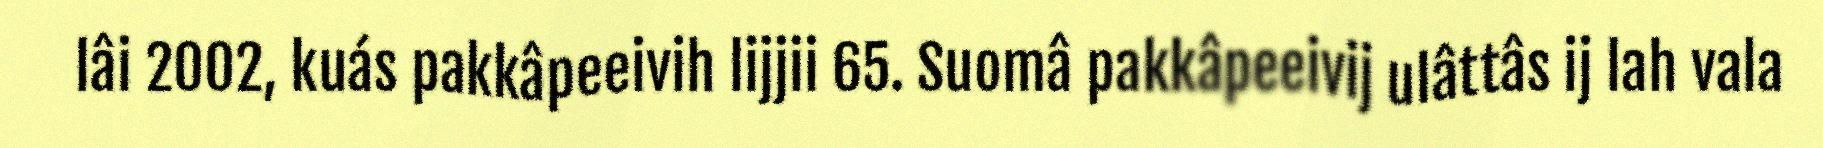
lâi 2002, kuás pakkâpeeivih lijjii 65. Suomâ pakkâpeeivij ulâttâs ij lah vala